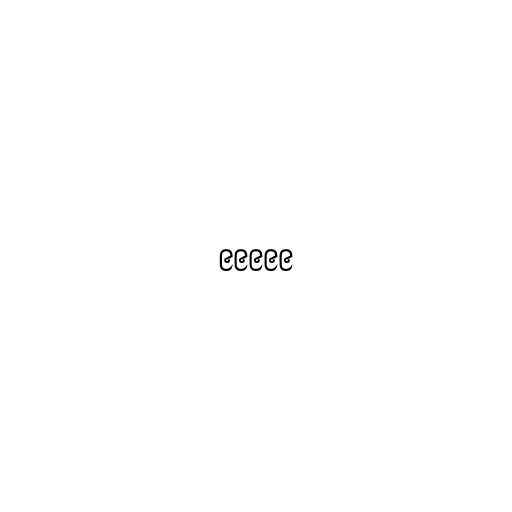
၉၉၉၉၉